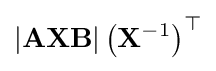
|\mathbf {AXB} |\left(\mathbf {X} ^{-1}\right)^{\top }